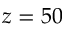
z = 5 0